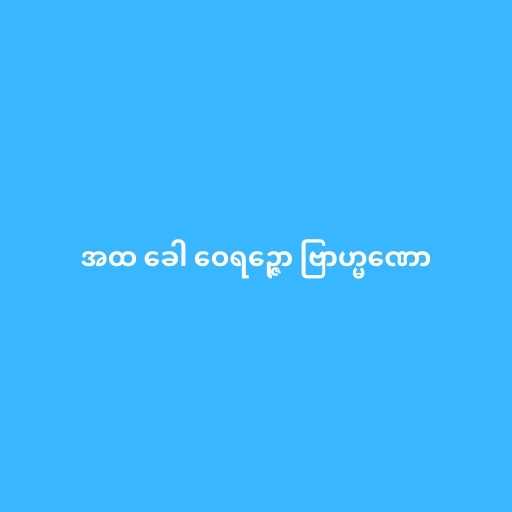
အထ ခေါ ဝေရဉ္ဇော ဗြာဟ္မဏော